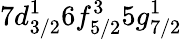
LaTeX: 7d_{3/2}^{1}6f_{5/2}^{3}5g_{7/2}^{1}